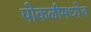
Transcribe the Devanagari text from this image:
पोकळीमध्येच